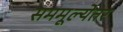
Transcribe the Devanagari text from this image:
सममूल्येतर